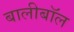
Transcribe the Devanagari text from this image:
बालीबॉल